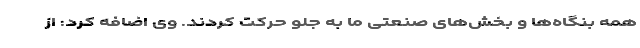
همه بنگاه‌ها و بخش‌های صنعتی ما به جلو حرکت کردند. وی اضافه کرد: از